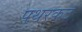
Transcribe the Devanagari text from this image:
पथरकट